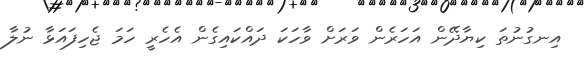
އިނގުނުތަ ކިޔާދޭން އަހަރެން ވަރަށް ވާހަކަ ދައްކައިގެން އެހެރީ ހަމަ ޖެހިފައަޅާ ނުލާ